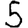
Digit: 5